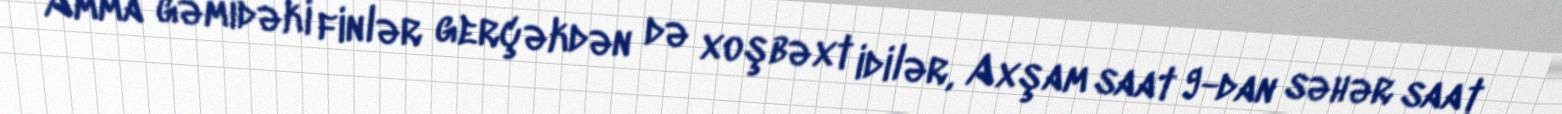
Amma gəmidəki finlər gerçəkdən də xoşbəxt idilər, Axşam saat 9-dan səhər saat